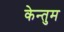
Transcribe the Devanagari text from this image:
केन्तुम